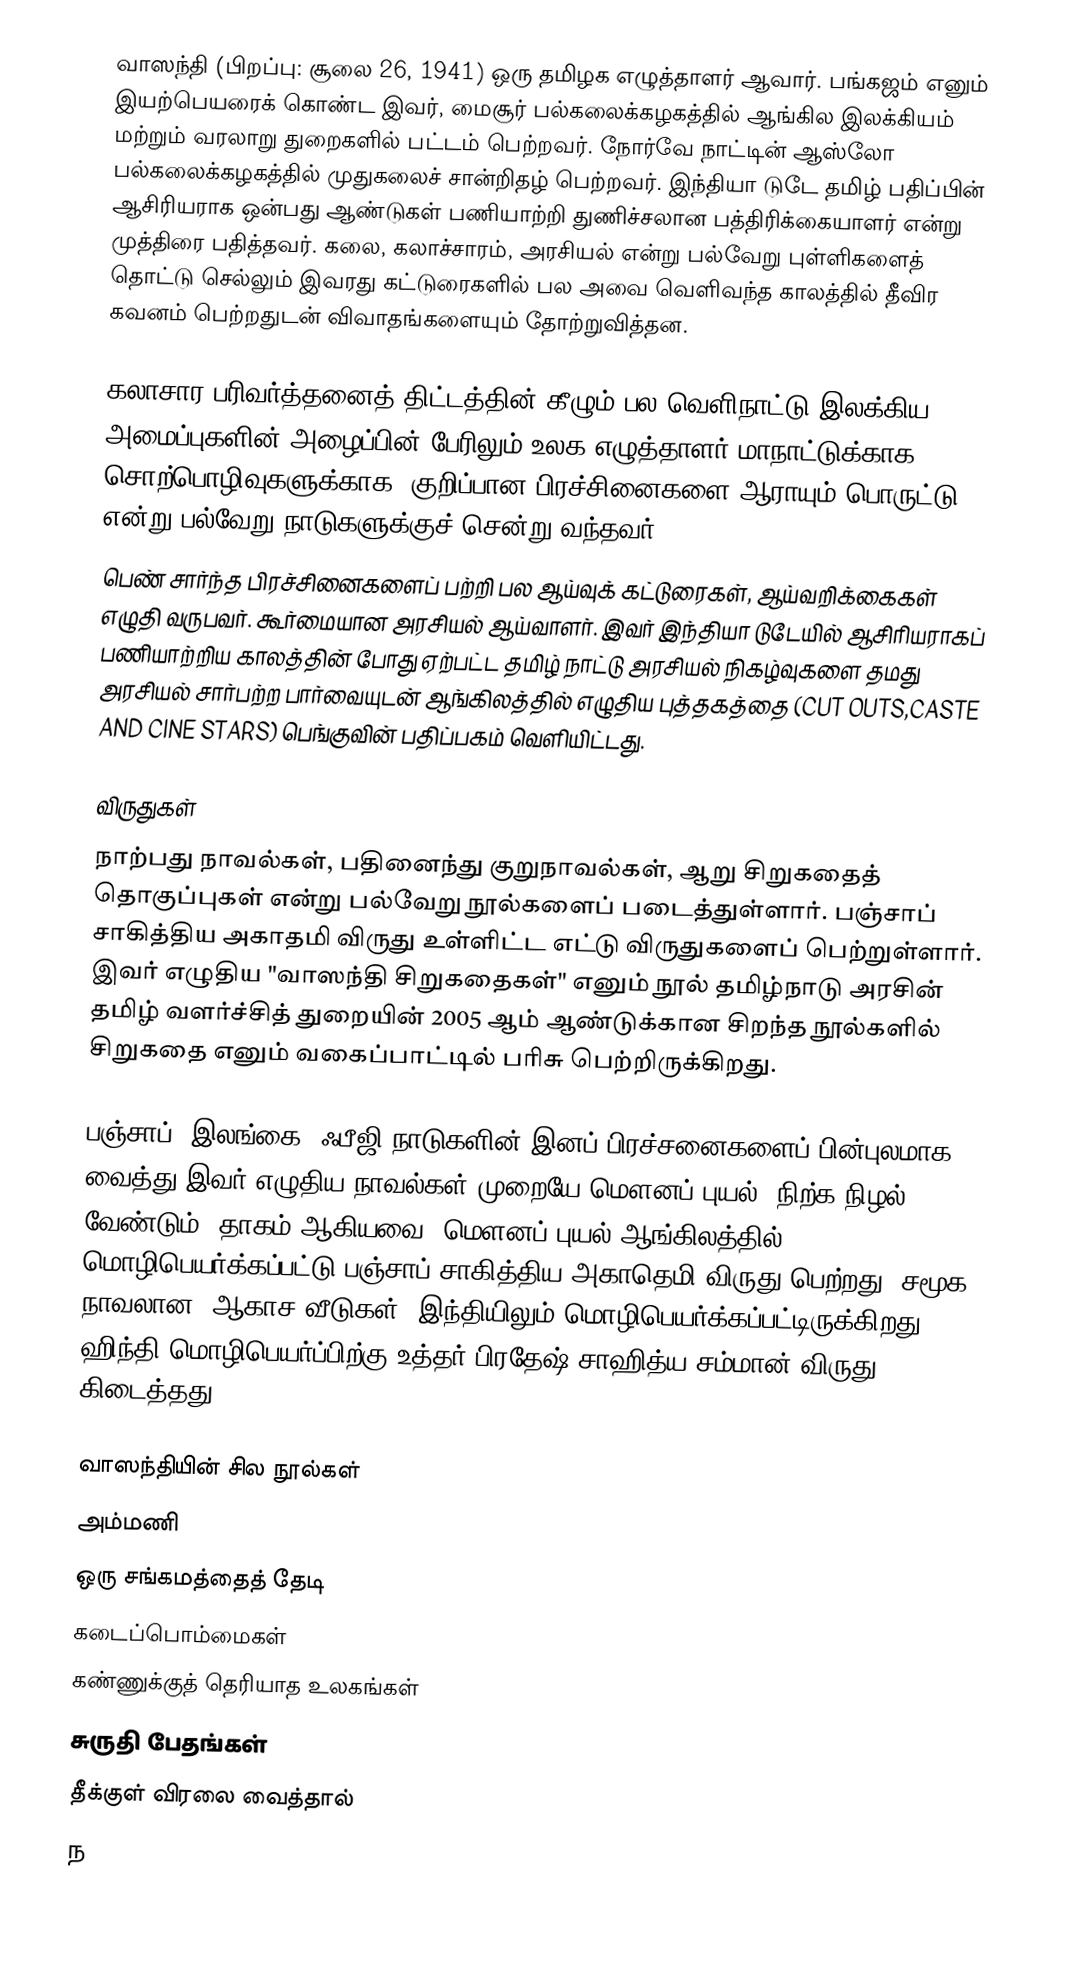
வாஸந்தி (பிறப்பு: சூலை 26, 1941) ஒரு தமிழக எழுத்தாளர் ஆவார். பங்கஜம் எனும் இயற்பெயரைக் கொண்ட இவர், மைசூர் பல்கலைக்கழகத்தில் ஆங்கில இலக்கியம் மற்றும் வரலாறு துறைகளில் பட்டம் பெற்றவர். நோர்வே நாட்டின் ஆஸ்லோ பல்கலைக்கழகத்தில் முதுகலைச் சான்றிதழ் பெற்றவர். இந்தியா டுடே தமிழ் பதிப்பின் ஆசிரியராக ஒன்பது ஆண்டுகள் பணியாற்றி துணிச்சலான பத்திரிக்கையாளர் என்று முத்திரை பதித்தவர். கலை, கலாச்சாரம், அரசியல் என்று பல்வேறு புள்ளிகளைத் தொட்டு செல்லும் இவரது கட்டுரைகளில் பல அவை வெளிவந்த காலத்தில் தீவிர கவனம் பெற்றதுடன் விவாதங்களையும் தோற்றுவித்தன.

கலாசார பரிவர்த்தனைத் திட்டத்தின் கீழும் பல வெளிநாட்டு இலக்கிய அமைப்புகளின் அழைப்பின் பேரிலும் உலக எழுத்தாளர் மாநாட்டுக்காக சொற்பொழிவுகளுக்காக, குறிப்பான பிரச்சினைகளை ஆராயும் பொருட்டு என்று பல்வேறு நாடுகளுக்குச் சென்று வந்தவர்.
பெண் சார்ந்த பிரச்சினைகளைப் பற்றி பல ஆய்வுக் கட்டுரைகள், ஆய்வறிக்கைகள் எழுதி வருபவர். கூர்மையான அரசியல் ஆய்வாளர். இவர் இந்தியா டுடேயில் ஆசிரியராகப் பணியாற்றிய காலத்தின் போது ஏற்பட்ட தமிழ் நாட்டு அரசியல் நிகழ்வுகளை தமது அரசியல் சார்பற்ற பார்வையுடன் ஆங்கிலத்தில் எழுதிய புத்தகத்தை (CUT OUTS,CASTE AND CINE STARS) பெங்குவின் பதிப்பகம் வெளியிட்டது.

விருதுகள்
நாற்பது நாவல்கள், பதினைந்து குறுநாவல்கள், ஆறு சிறுகதைத் தொகுப்புகள் என்று பல்வேறு நூல்களைப் படைத்துள்ளார். பஞ்சாப் சாகித்திய அகாதமி விருது உள்ளிட்ட எட்டு விருதுகளைப் பெற்றுள்ளார். இவர் எழுதிய "வாஸந்தி சிறுகதைகள்" எனும் நூல் தமிழ்நாடு அரசின் தமிழ் வளர்ச்சித் துறையின் 2005 ஆம் ஆண்டுக்கான சிறந்த நூல்களில் சிறுகதை எனும் வகைப்பாட்டில் பரிசு பெற்றிருக்கிறது.

பஞ்சாப், இலங்கை, ஃபீஜி நாடுகளின் இனப் பிரச்சனைகளைப் பின்புலமாக வைத்து இவர் எழுதிய நாவல்கள் முறையே மெளனப் புயல், நிற்க நிழல் வேண்டும், தாகம் ஆகியவை. மெளனப் புயல் ஆங்கிலத்தில் மொழிபெயர்க்கப்பட்டு பஞ்சாப் சாகித்திய அகாதெமி விருது பெற்றது. சமூக நாவலான ’ஆகாச வீடுகள்’ இந்தியிலும் மொழிபெயர்க்கப்பட்டிருக்கிறது. ஹிந்தி மொழிபெயர்ப்பிற்கு உத்தர் பிரதேஷ் சாஹித்ய சம்மான் விருது கிடைத்தது.

வாஸந்தியின் சில நூல்கள்
 அம்மணி
 ஒரு சங்கமத்தைத் தேடி
 கடைப்பொம்மைகள்
 கண்ணுக்குத் தெரியாத உலகங்கள்
 சுருதி பேதங்கள்
 தீக்குள் விரலை வைத்தால்
 ந